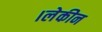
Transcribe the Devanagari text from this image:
।लेकीन